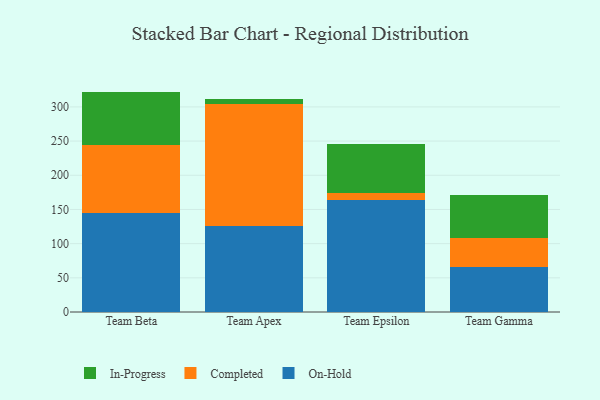
{"axis": {"x": "Team", "y": "Active Users"}, "legend": ["Completed", "In-Progress", "On-Hold"], "data": [{"x": "Team Beta", "y": 144.5, "type": "On-Hold"}, {"x": "Team Beta", "y": 99.1, "type": "Completed"}, {"x": "Team Beta", "y": 78.8, "type": "In-Progress"}, {"x": "Team Apex", "y": 125.1, "type": "On-Hold"}, {"x": "Team Apex", "y": 178.8, "type": "Completed"}, {"x": "Team Apex", "y": 7.9, "type": "In-Progress"}, {"x": "Team Epsilon", "y": 164.3, "type": "On-Hold"}, {"x": "Team Epsilon", "y": 10.5, "type": "Completed"}, {"x": "Team Epsilon", "y": 70.3, "type": "In-Progress"}, {"x": "Team Gamma", "y": 65.7, "type": "On-Hold"}, {"x": "Team Gamma", "y": 42.7, "type": "Completed"}, {"x": "Team Gamma", "y": 62.4, "type": "In-Progress"}]}